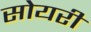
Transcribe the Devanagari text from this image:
सोयरी